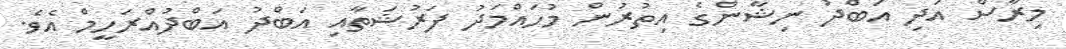
މިރާސް އަދި އަބްދު ނިޝާންގެ އިތުރުން މުހައްމަދު ފަރުޝަތާއި އަބްދު އަބްދުއްރަހީމް އެވެ.